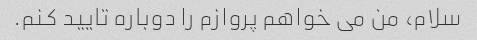
سلام، من می خواهم پروازم را دوباره تایید کنم.